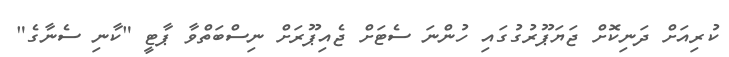
ކުރިއަށް ދަނިކޮށް ޖަޔަޕޫރުގުގައި ހުންނަ ސެޓަށް ޖެއިޕޫރަށް ނިސްބަތްވާ ޕާޓީ "ކާނި ސެނާގެ"